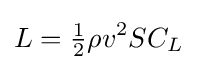
L={\tfrac {1}{2}}\rho v^{2}SC_{L}